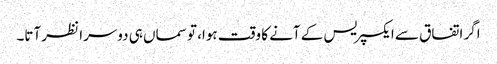
اگر اتفاق سے ایکسپریس کے آنے کا وقت ہوا، تو سماں ہی دوسرا نظر آتا۔